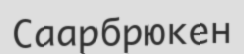
Саарбрюкен